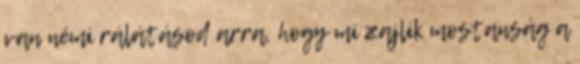
van némi rálátásod arra, hogy mi zajlik mostanság a